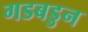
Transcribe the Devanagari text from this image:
गडबडुन